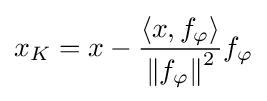
x_{K}=x-{\frac {\left\langle x,f_{\varphi }\right\rangle }{\left\|f_{\varphi }\right\|^{2}}}f_{\varphi }